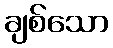
ချစ်သော